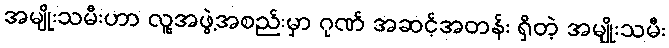
အမျိုးသမီးဟာ လူ့အဖွဲ့အစည်းမှာ ဂုဏ် အဆင့်အတန်း ရှိတဲ့ အမျိုးသမီး